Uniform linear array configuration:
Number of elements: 24
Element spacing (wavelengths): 0.25
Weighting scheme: exponential
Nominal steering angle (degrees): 30
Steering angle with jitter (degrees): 31.84
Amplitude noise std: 0.05
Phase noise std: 0.05

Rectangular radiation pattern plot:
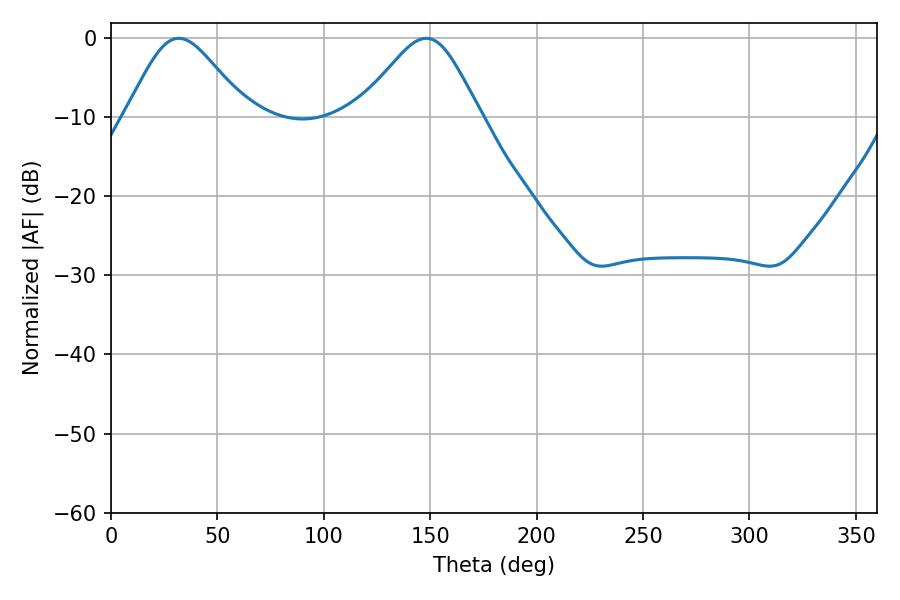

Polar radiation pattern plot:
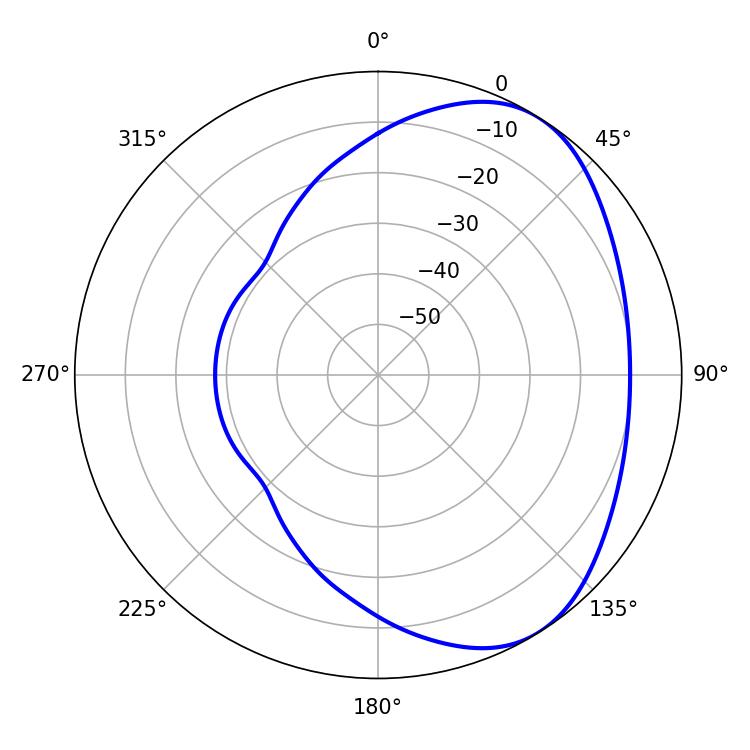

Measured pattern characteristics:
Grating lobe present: FALSE
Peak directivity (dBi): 4.58
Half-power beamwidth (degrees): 28.26
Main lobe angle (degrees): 31.86